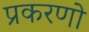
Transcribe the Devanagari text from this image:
प्रकरणो